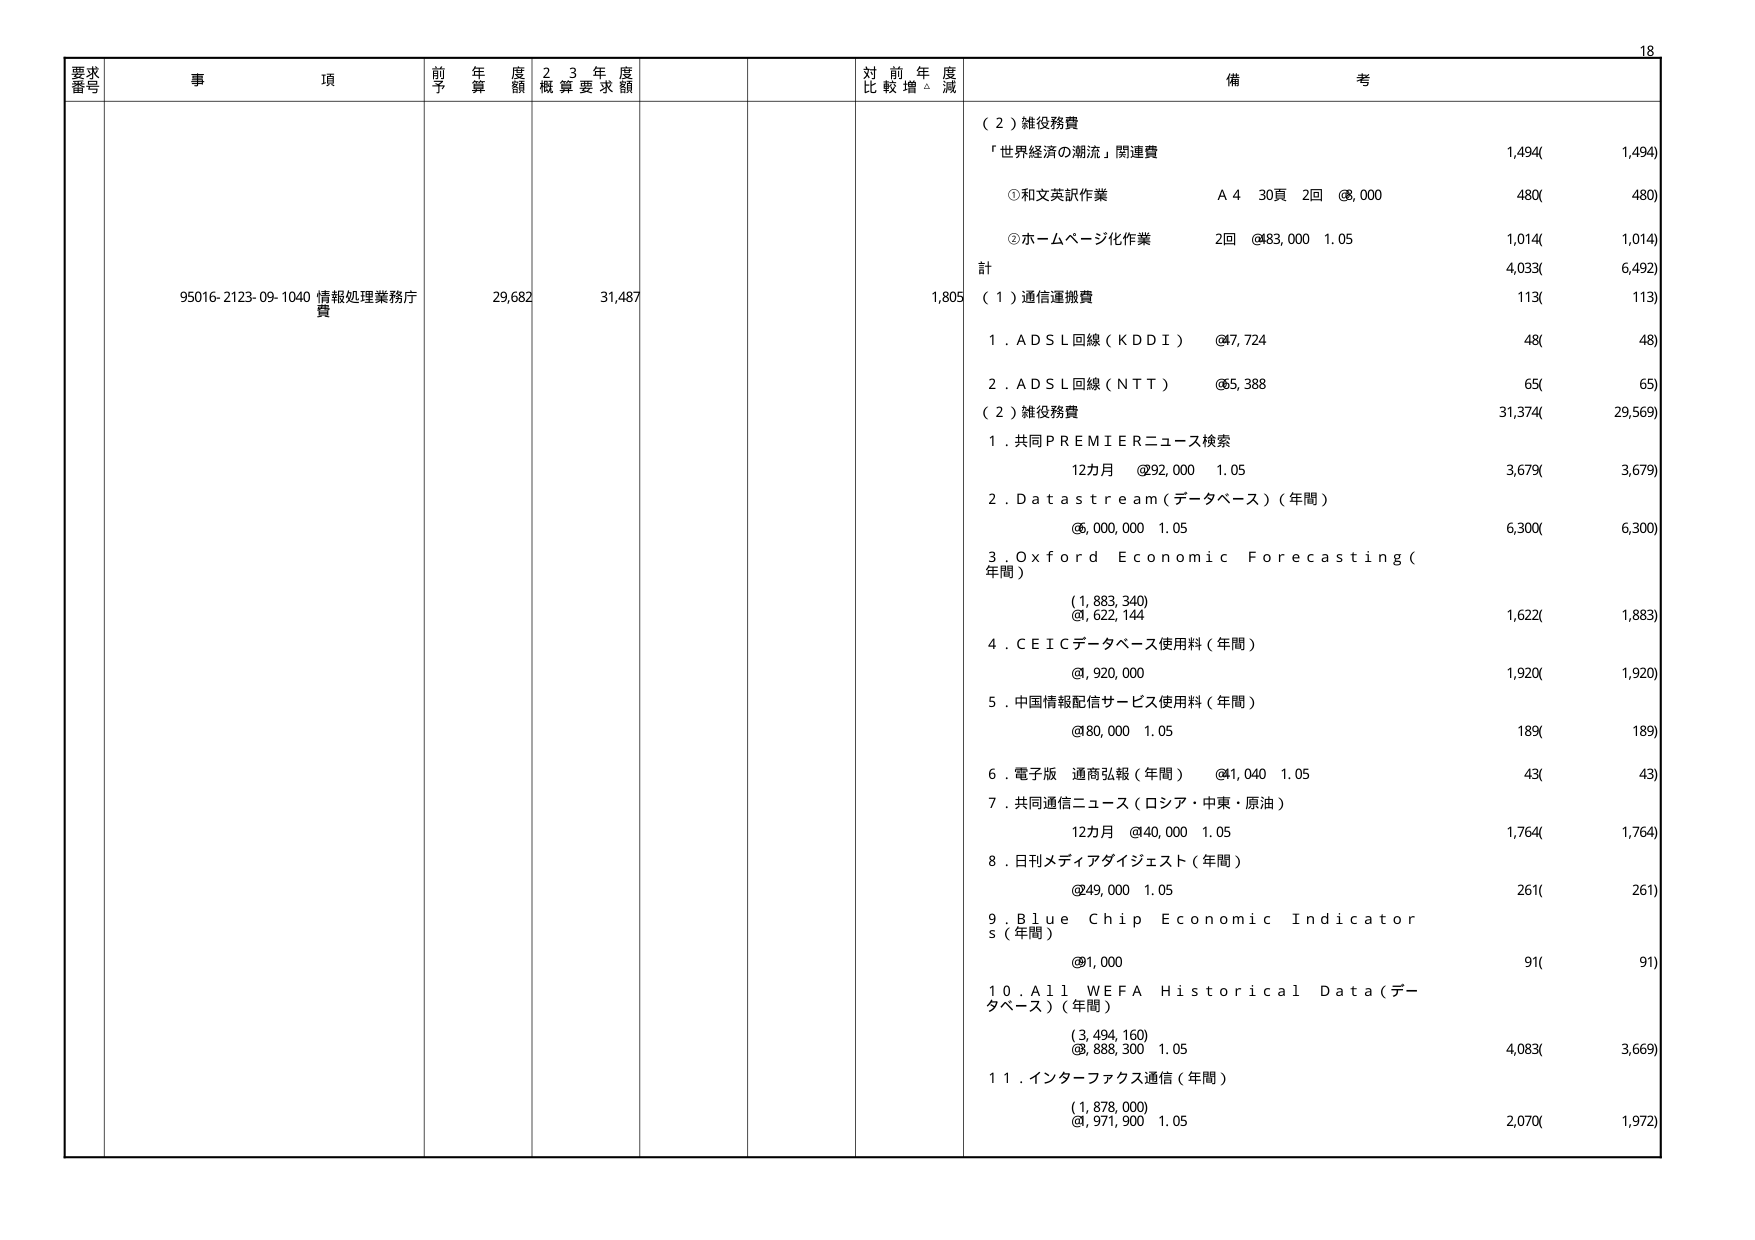
要求番号
事項
前年度予算額
23年度概算要求額
対前年度比較増減
備考
95016-2123-09-1040 情報処理業務庁費
29,682
31,487
1,805
（2）雑役務費
「世界経済の潮流」関連費
1,494
1,494
①和文英訳作業
A4 30頁 2回 @8,000
480
480
②ホームページ化作業
2回 @83,000 1.05
1,014
1,014
計
4,033
6,492
（1）通信運搬費
113
113
1．ADSL回線（KDDI）
@7,724
48
48
2．ADSL回線（NTT）
@65,388
65
65
（2）雑役務費
31,374
29,569
1．共同PREMIERニュース検索
12カ月 @92,000 1.05
3,679
3,679
2．Datastream（データベース）（年間）
@6,000,000 1.05
6,300
6,300
3．Oxford Economic Forecasting（年間）
（1,883,340）
@1,622,144
1,622
1,883
4．CEICデータベース使用料（年間）
@1,920,000
1,920
1,920
5．中国情報配信サービス使用料（年間）
@80,000 1.05
189
189
6．電子版 通商弘報（年間）
@1,040 1.05
43
43
7．共同通信ニュース（ロシア・中東・原油）
12カ月 @40,000 1.05
1,764
1,764
8．日刊メディアダイジェスト（年間）
@49,000 1.05
261
261
9．Blue Chip Economic Indicators（年間）
@1,000
91
91
10．All WEFA Historical Data（データベース）（年間）
（3,494,160）
@3,888,300 1.05
4,083
3,669
11．インターファクス通信（年間）
（1,878,000）
@1,971,900 1.05
2,070
1,972